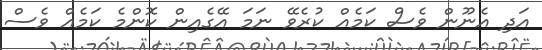
އަދި އެނޫން ވެސް ކަމެއް ކުރެވޭ ނަމަ އޭގެއިން ކޮންމެ ކަމެއް ވެސް